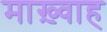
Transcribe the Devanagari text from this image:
माख़्वाह